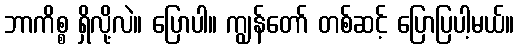
ဘာကိစ္စ ရှိလို့လဲ။ ပြောပါ။ ကျွန်တော် တစ်ဆင့် ပြောပြပါ့မယ်။